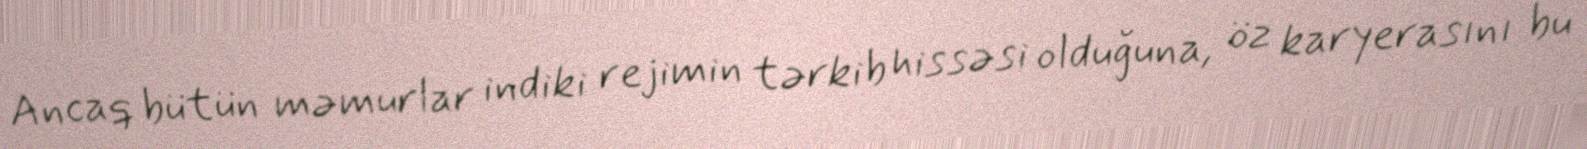
Ancaq bütün məmurlar indiki rejimin tərkib hissəsi olduğuna, öz karyerasını bu